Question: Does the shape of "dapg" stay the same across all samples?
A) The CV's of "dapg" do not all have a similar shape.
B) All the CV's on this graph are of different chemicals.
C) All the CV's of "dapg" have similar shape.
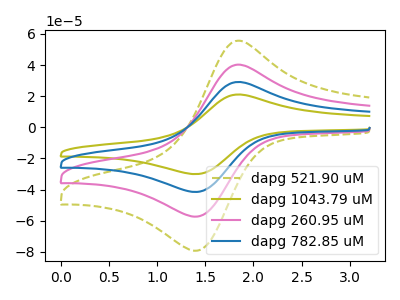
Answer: <think>The olive dashed curve "dapg 521.90 uM" has an anodic peak at (1.80V, 55.10uA) and a cathodic peak at (1.40V, -79.20uA). The olive curve "dapg 1043.79 uM" has an anodic peak at (1.80V, 119.65uA) and a cathodic peak at (1.40V, -172.00uA). The pink curve "dapg 260.95 uM" has an anodic peak at (1.80V, 39.90uA) and a cathodic peak at (1.40V, -57.35uA). The blue curve "dapg 782.85 uM" has an anodic peak at (1.80V, 79.80uA) and a cathodic peak at (1.40V, -114.65uA).
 All the peaks in "dapg 521.90 uM" have a peak in "dapg 1043.79 uM" at the same potential. Every peak in "dapg 521.90 uM" is lower than every peak in "dapg 1043.79 uM". All the peaks in "dapg 521.90 uM" have a peak in "dapg 260.95 uM" at the same potential. Every peak in "dapg 521.90 uM" is higher than every peak in "dapg 260.95 uM". All the peaks in "dapg 521.90 uM" have a peak in "dapg 782.85 uM" at the same potential. Every peak in "dapg 521.90 uM" is lower than every peak in "dapg 782.85 uM". All the peaks in "dapg 1043.79 uM" have a peak in "dapg 260.95 uM" at the same potential. Every peak in "dapg 1043.79 uM" is higher than every peak in "dapg 260.95 uM". All the peaks in "dapg 1043.79 uM" have a peak in "dapg 782.85 uM" at the same potential. Every peak in "dapg 1043.79 uM" is higher than every peak in "dapg 782.85 uM". All the peaks in "dapg 260.95 uM" have a peak in "dapg 782.85 uM" at the same potential. Every peak in "dapg 260.95 uM" is lower than every peak in "dapg 782.85 uM".</think>
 <answer>C) All the CV's of "dapg" have similar shape.</answer>
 <eval>C</eval>